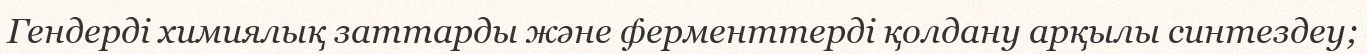
Гендерді химиялық заттарды және ферменттерді қолдану арқылы синтездеу;